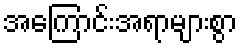
အကြောင်းအရာများစွာ